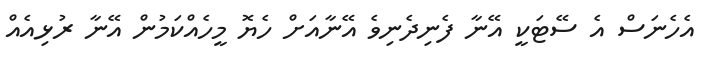
އެހެނަސް އެ ސޭޓަކީ އޭނާ ފެނިދެނިވެ އޭނާއަށް ހެޔޮ މީހެއްކަމުން އޭނާ ރުޅިއެއް